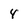
Character: 4